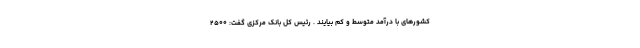
کشورهای با درآمد متوسط و کم بیایند . رئیس کل بانک مرکزی گفت: ۲۵۰۰